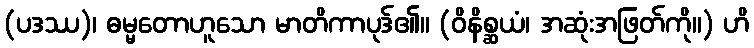
(ပဒဿ)၊ ဓမ္မတောဟူသော မာတိကာပုဒ်၏။ (ဝိနိစ္ဆယံ၊ အဆုံးအဖြတ်ကို။) ဟိ